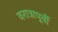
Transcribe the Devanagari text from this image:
वरात्रापूर्वी